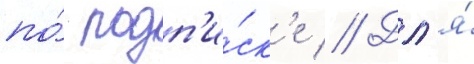
по́ подп'и́ск'е // Дл'я́